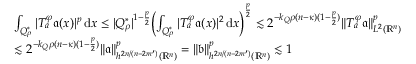
\begin{array} { r l } & { \int _ { Q _ { \rho } ^ { * } } | T _ { a } ^ { \varphi } \mathfrak { a } ( x ) | ^ { p } \, \mathrm { d } x \leq | Q _ { \rho } ^ { * } | ^ { 1 - \frac p 2 } \Big ( { \int _ { Q _ { \rho } ^ { * } } | T _ { a } ^ { \varphi } \mathfrak { a } ( x ) | ^ { 2 } \, \mathrm { d } x } \Big ) ^ { \frac p 2 } \lesssim 2 ^ { - k _ { Q } \rho ( n - \kappa ) ( 1 - \frac p 2 ) } \Vert T _ { a } ^ { \varphi } \mathfrak { a } \Vert _ { L ^ { 2 } ( \mathbb { R } ^ { n } ) } ^ { p } } \\ & { \lesssim 2 ^ { - k _ { Q } \rho ( n - \kappa ) ( 1 - \frac p 2 ) } \| \mathfrak { a } \| _ { h ^ { 2 n / ( n - 2 m ^ { \prime } ) } ( \mathbb { R } ^ { n } ) } ^ { p } = \| \mathfrak b \| _ { h ^ { 2 n / ( n - 2 m ^ { \prime } ) } ( \mathbb { R } ^ { n } ) } ^ { p } \lesssim 1 } \end{array}